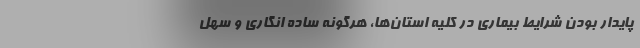
پایدار بودن شرایط بیماری در کلیه استان‌ها، هرگونه ساده انگاری و سهل